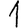
Digit: 1